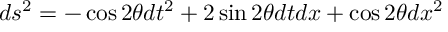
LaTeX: d s ^ { 2 } = - \cos 2 \theta d t ^ { 2 } + 2 \sin 2 \theta d t d x + \cos 2 \theta d x ^ { 2 }